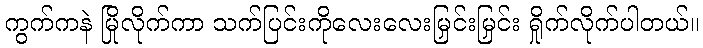
ကွက်ကနဲ မြိုလိုက်ကာ သက်ပြင်းကိုလေးလေးမြှင်းမြှင်း ရှိုက်လိုက်ပါတယ်။